Lock hospitals Punjab
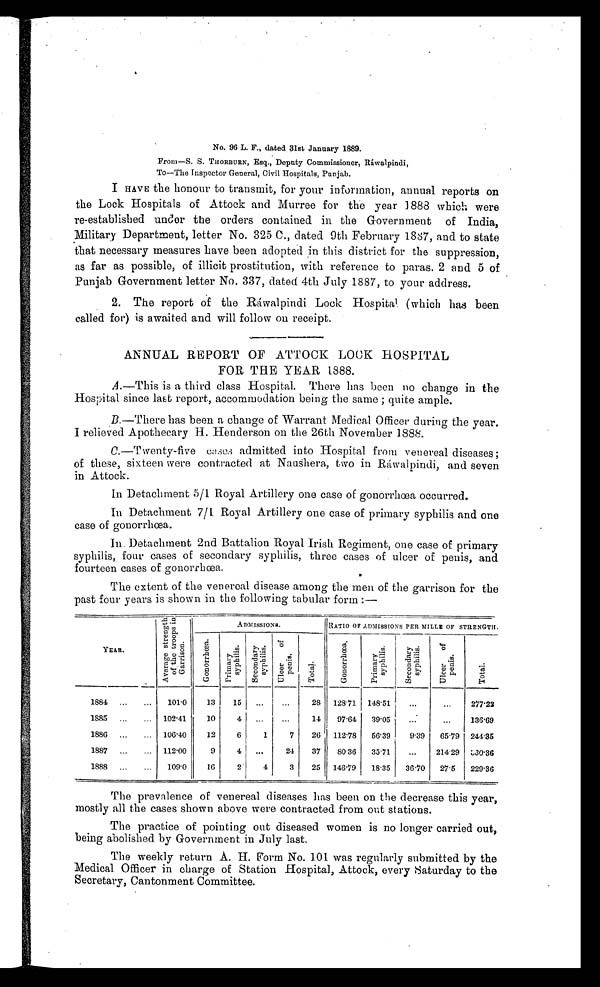
No. 96 L. F., dated 31st January 1889.
From—S. S. THORBURN, Esq., Deputy Commissioner, Ráwalpindi,
To—The Inspector General, Civil Hospitals, Punjab.
I HAVE the honour to transmit, for your information, annual reports on
the Lock Hospitals of Attock and Murree for the year 1883 which were
re-established under the orders contained in the Government of India,
Military Department, letter No. 325 C., dated 9th February 1887, and to state
that necessary measures have been adopted in this district for the suppression,
as far as possible, of illicit prostitution, with reference to paras. 2 and 5 of
Punjab Government letter No. 337, dated 4th July 1887, to your address.
2. The report of the Ráiwalpindi Lock Hospita l (which has been
called for) is awaited and will follow on receipt.
ANNUAL REPORT OF ATTOCK LOCK HOSPITAL
FOR THE YEAR 1888.
A .—This is a third class Hospital. There has been no change in the
Hospital since last report, accommodation being the same ; quite ample.
B
.—There has been a change of Warrant Medical Officer during the year.
I relieved Apothecary H. Henderson on the 26th November 1888.
C .—Twenty-five cases
admitted into Hospital from venereal diseases;
of these, sixteen were contracted at Naushera, two in Ráwalpindi, and seven
in Attock.
In Detachment 5/1 Royal Artillery one case of gonorrhœa occurred.
In Detachment 7/1 Royal Artillery one case of primary syphilis and one
case of gonorrhœa.
In. Detachment 2nd Battalion Royal Irish Regiment, one case of primary
syphilis, four cases of secondary syphilis, three cases of ulcer of penis, and
fourteen cases of gonorrhœa.
The extent of the venereal disease among the men of the garrison for the
past four years is shown in the following tabular form :—
YEAR.
Average strength
of the troops in
Garrison.
ADMISSIONS.
RATIO OF ADMISSIONS PER MILLE OF STRENGTH.
G o n o r r h œ a .
P r i m a r y
s y p h i l i s .
S e c o n d a r y
s y p h i l i s .
Ul c e r o f
p e n i s .
T o t a l .
G o n o r r h œ a .
P r i m a r y
s y p h i l i s .
S e c o n d a r y
s y p h i l i s .
U l c e r o f
p e n i s .
T o t a l
1884 ...
...
101.0
13
15 ...
...
28 128.71 148.51
...
...
277.22
1885
. . . ... 102.41
10
4
. . . ...
14
97.64
39.05
...
. . .
136.69
1886 ...
... 106.40
12
6
1
7
26 112.78
56.39
9.39
65.79 244.35
1887
. . .
. . . 112.00
9
4
...
24
37
80.36
35.71
. . . 214.29 330.36
1888 ...
...
109.0
16
2
4
3
25 146.79
18.35
36.70
27.5
229.36
The prevalence of venereal diseases has been on the decrease this year,
mostly all the cases shown above were contracted from out stations.
The practice of pointing out diseased women is no longer carried out,
being abolished by Government in July last.
The weekly return A. H. Form No. 101 was regularly submitted by the
Medical Officer in charge of Station Hospital, Attock, every Saturday to the
Secretary, Cantonment Committee.